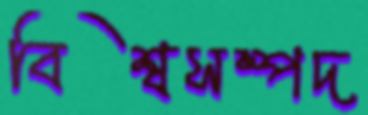
বিশ্বসম্পদ